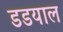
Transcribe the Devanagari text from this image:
डडयाल